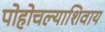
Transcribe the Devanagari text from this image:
पोहोचल्याशिवाय